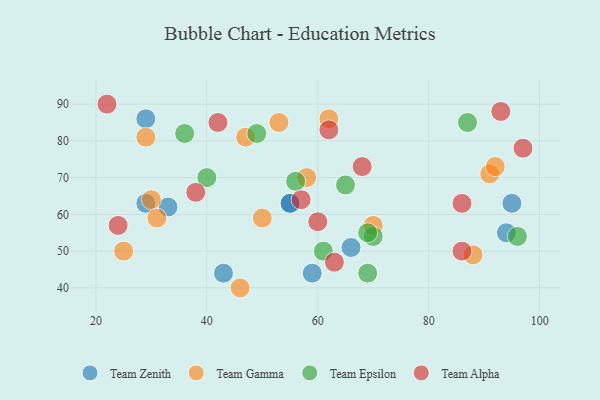
{"axis": {"x": "GDP", "y": "Life Expectancy"}, "legend": ["Team Alpha", "Team Epsilon", "Team Gamma", "Team Zenith"], "data": [{"x": "95", "y": 63, "type": "Team Zenith"}, {"x": "59", "y": 44, "type": "Team Zenith"}, {"x": "29", "y": 63, "type": "Team Zenith"}, {"x": "94", "y": 55, "type": "Team Zenith"}, {"x": "66", "y": 51, "type": "Team Zenith"}, {"x": "43", "y": 44, "type": "Team Zenith"}, {"x": "55", "y": 63, "type": "Team Zenith"}, {"x": "29", "y": 86, "type": "Team Zenith"}, {"x": "55", "y": 63, "type": "Team Zenith"}, {"x": "33", "y": 62, "type": "Team Zenith"}, {"x": "91", "y": 71, "type": "Team Gamma"}, {"x": "29", "y": 81, "type": "Team Gamma"}, {"x": "53", "y": 85, "type": "Team Gamma"}, {"x": "46", "y": 40, "type": "Team Gamma"}, {"x": "25", "y": 50, "type": "Team Gamma"}, {"x": "88", "y": 49, "type": "Team Gamma"}, {"x": "58", "y": 70, "type": "Team Gamma"}, {"x": "70", "y": 57, "type": "Team Gamma"}, {"x": "92", "y": 73, "type": "Team Gamma"}, {"x": "30", "y": 64, "type": "Team Gamma"}, {"x": "47", "y": 81, "type": "Team Gamma"}, {"x": "31", "y": 59, "type": "Team Gamma"}, {"x": "62", "y": 86, "type": "Team Gamma"}, {"x": "50", "y": 59, "type": "Team Gamma"}, {"x": "70", "y": 54, "type": "Team Epsilon"}, {"x": "69", "y": 55, "type": "Team Epsilon"}, {"x": "36", "y": 82, "type": "Team Epsilon"}, {"x": "49", "y": 82, "type": "Team Epsilon"}, {"x": "61", "y": 50, "type": "Team Epsilon"}, {"x": "96", "y": 54, "type": "Team Epsilon"}, {"x": "65", "y": 68, "type": "Team Epsilon"}, {"x": "40", "y": 70, "type": "Team Epsilon"}, {"x": "69", "y": 44, "type": "Team Epsilon"}, {"x": "87", "y": 85, "type": "Team Epsilon"}, {"x": "56", "y": 69, "type": "Team Epsilon"}, {"x": "57", "y": 64, "type": "Team Alpha"}, {"x": "68", "y": 73, "type": "Team Alpha"}, {"x": "22", "y": 90, "type": "Team Alpha"}, {"x": "38", "y": 66, "type": "Team Alpha"}, {"x": "63", "y": 47, "type": "Team Alpha"}, {"x": "24", "y": 57, "type": "Team Alpha"}, {"x": "93", "y": 88, "type": "Team Alpha"}, {"x": "42", "y": 85, "type": "Team Alpha"}, {"x": "86", "y": 63, "type": "Team Alpha"}, {"x": "97", "y": 78, "type": "Team Alpha"}, {"x": "86", "y": 50, "type": "Team Alpha"}, {"x": "62", "y": 83, "type": "Team Alpha"}, {"x": "60", "y": 58, "type": "Team Alpha"}]}